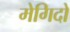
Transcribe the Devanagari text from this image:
मेगिदो